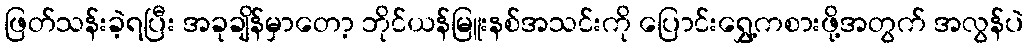
ဖြတ်သန်းခဲ့ရပြီး အခုချိန်မှာတော့ ဘိုင်ယန်မြူးနစ်အသင်းကို ပြောင်းရွှေ့ကစားဖို့အတွက် အလွန်ပဲ